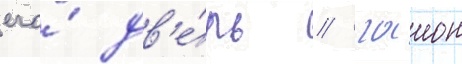
его́ дв'е́рь / гаион